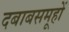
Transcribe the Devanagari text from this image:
दबाबसमूहों